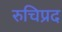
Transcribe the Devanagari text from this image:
रुचिप्रद